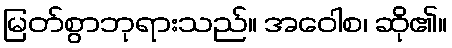
မြတ်စွာဘုရားသည်။ အဝေါစ၊ ဆို၏။